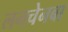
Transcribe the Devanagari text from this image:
लनचेनबा